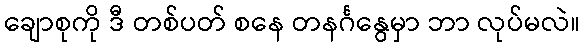
ချောစုကို ဒီ တစ်ပတ် စနေ တနင်္ဂနွေမှာ ဘာ လုပ်မလဲ။